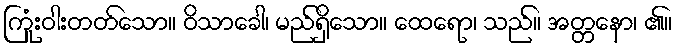
ကြုံးဝါးတတ်သော။ ဝိသာခေါ၊ မည်ရှိသော။ ထေရော၊ သည်။ အတ္တနော၊ ၏။